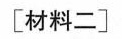
[材料二〕